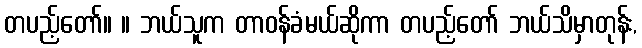
တပည့်တော်။ ။ ဘယ်သူက တာဝန်ခံမယ်ဆိုကာ တပည့်တော် ဘယ်သိမှာတုန်း,